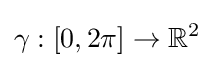
\gamma :[0,2\pi ]\to \mathbb {R} ^{2}